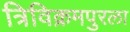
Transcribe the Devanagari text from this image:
त्रिविक्रमपुरला